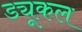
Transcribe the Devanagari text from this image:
ड्यूकल